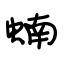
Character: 蝻